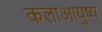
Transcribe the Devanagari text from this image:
कलाआयुष्य